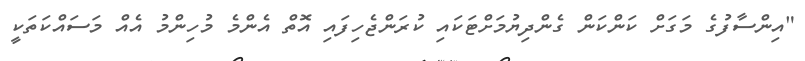
"އިންސާފުގެ މަގަށް ކަންކަން ގެންދިޔުމަށްޓަކައި ކުރަންޖެހިފައި އޮތް އެންމެ މުހިންމު އެއް މަސައްކަތަކީ